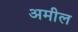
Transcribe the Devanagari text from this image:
अमील